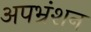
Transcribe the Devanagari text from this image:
अपभ्रंशन